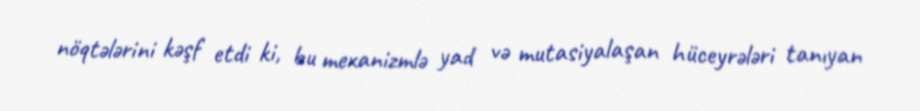
nöqtələrini kəşf etdi ki, bu mexanizmlə yad və mutasiyalaşan hüceyrələri tanıyan